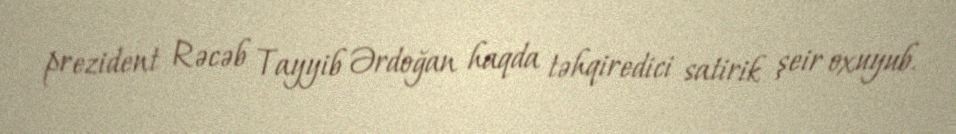
prezident Rəcəb Tayyib Ərdoğan haqda təhqiredici satirik şeir oxuyub.